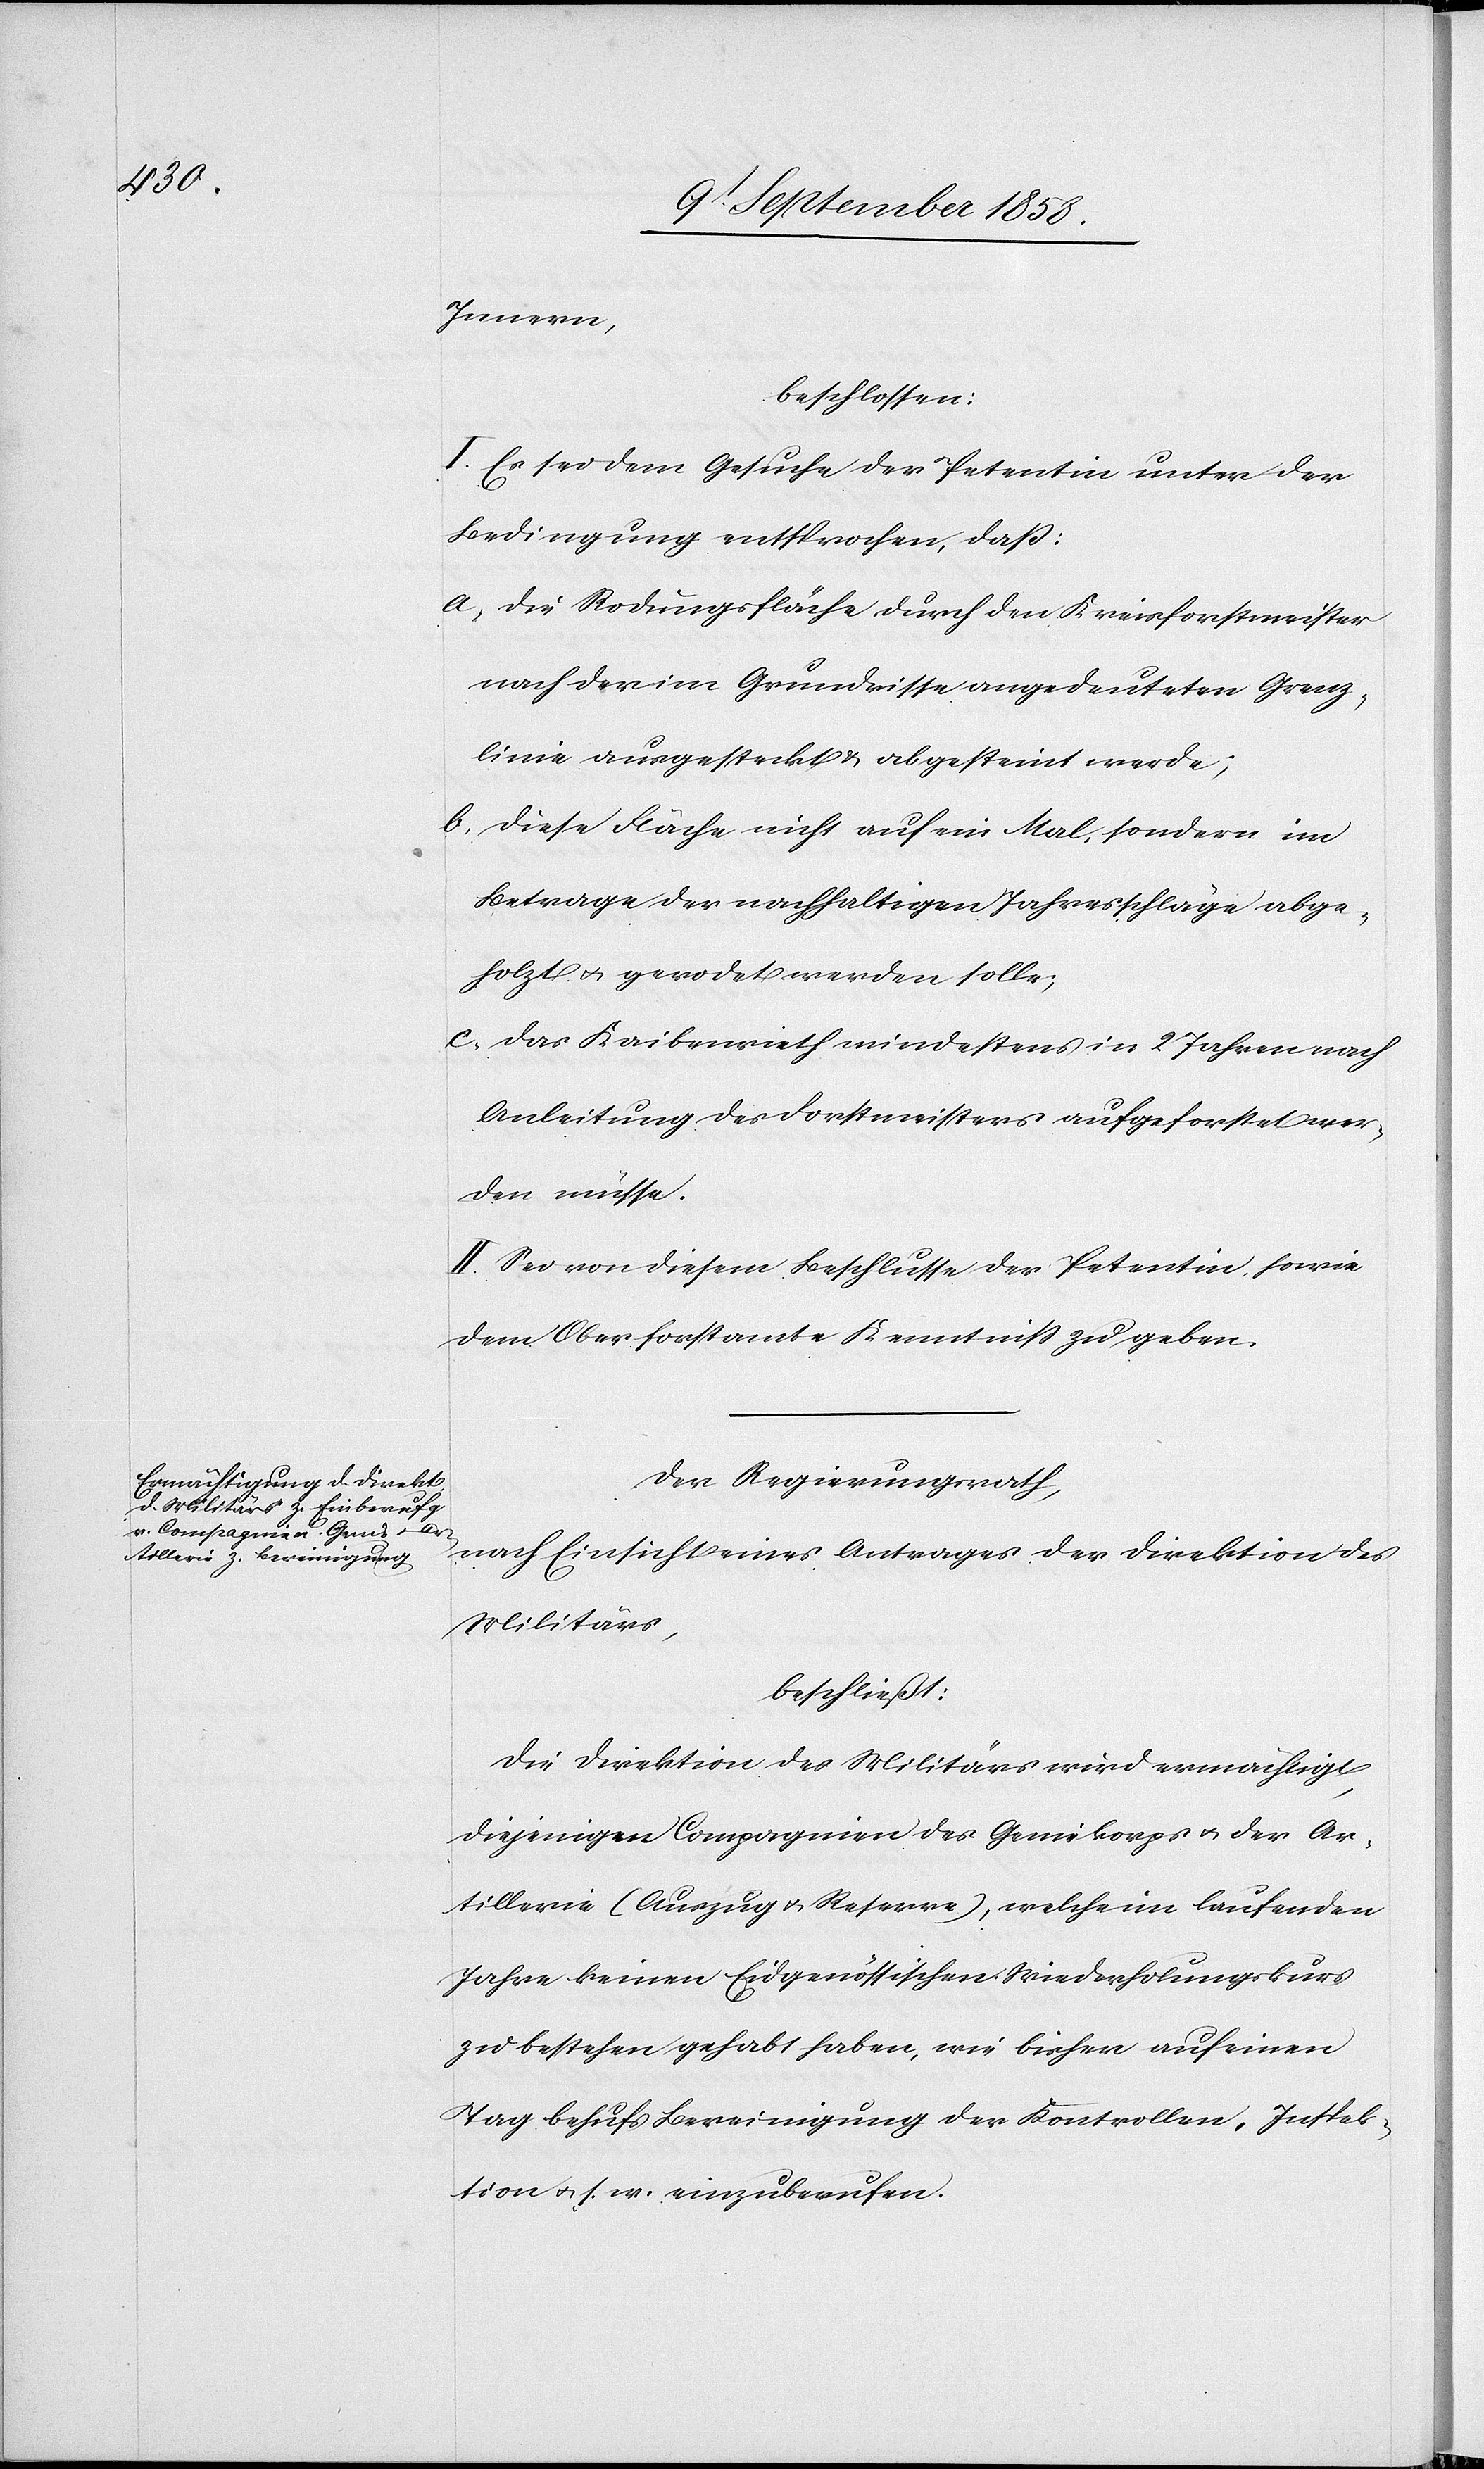
Innern,
beschlossen:
I. Es sei dem Gesuche der Petentin unter der
Bedingung entsprochen, dass:
a. die Rodungsfläche durch den Kreisforstmeister
nach der im Grundrisse angedeuteten Grenz¬
linie ausgesteckt & abgesteint werde;
b. diese Fläche nicht auf ein Mal, sondern im
Betrage der nachhaltigen Jahresschläge abge¬
holzt & gerodet werden solle;
c. das Kaibenrieth mindestens in 2 Jahren nach
Anleitung des Forstmeisters aufgeforstet wer¬
den müsse.
II. Sei von diesem Beschlusse der Petentin, sowie
dem Oberforstamte Kenntniss zu geben.
Der Regierungsrath,
nach Einsicht eines Antrages der Direktion des
Militärs,
beschließt:
Die Direktion des Militärs wird ermächtigt,
diejenigen Compagnien des Geniekorps & der Ar¬
tillerie (Auszug & Reserve), welche im laufenden
Jahre keinen Eidgenössischen Wiederholungskurs
zu bestehen gehabt haben, wie bisher auf einen
Tag behufs Bereinigung der Kontrollen, Inspek¬
tion & s. w. einzuberufen.